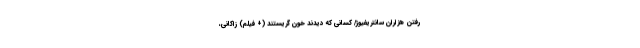
رفتن هزاران سانتریفیوژ/ کسانی که دیدند خون گریستند (+ فیلم) زاکانی،